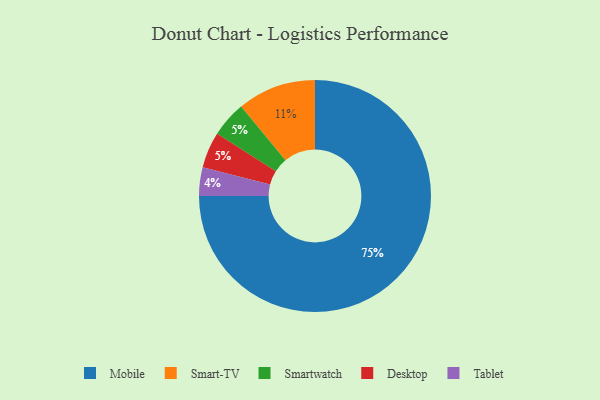
{"axis": {"x": "Category", "y": "Percentage"}, "legend": ["Desktop", "Mobile", "Smart-TV", "Smartwatch", "Tablet"], "data": [{"x": "Smartwatch", "y": 5, "type": "Smartwatch"}, {"x": "Tablet", "y": 4, "type": "Tablet"}, {"x": "Mobile", "y": 75, "type": "Mobile"}, {"x": "Smart-TV", "y": 11, "type": "Smart-TV"}, {"x": "Desktop", "y": 5, "type": "Desktop"}]}